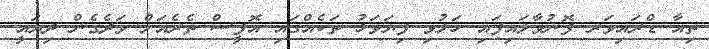
ތިއާ ޑްރައިވަރ ފޮނުވާލައިފައި ހަލުވި ފިޔަވަޅު ތަކެއްގައި އޮފީސް ތެރެއަށް ވަދެގެން ދިޔައީ